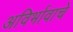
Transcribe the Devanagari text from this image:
अविर्भावाचे